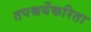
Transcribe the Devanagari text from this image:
तपश्चर्येकरिता